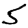
Digit: 5